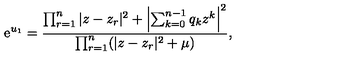
\mathrm { e } ^ { u _ { 1 } } = { \frac { \prod _ { r = 1 } ^ { n } | z - z _ { r } | ^ { 2 } + \left| \sum _ { k = 0 } ^ { n - 1 } q _ { k } z ^ { k } \right| ^ { 2 } } { \prod _ { r = 1 } ^ { n } ( | z - z _ { r } | ^ { 2 } + \mu ) } } ,